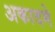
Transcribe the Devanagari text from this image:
अकादमे